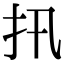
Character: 扟